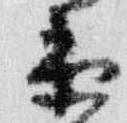
衛